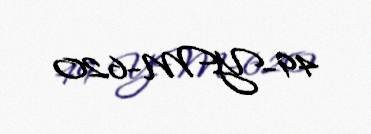
49-YM-620